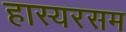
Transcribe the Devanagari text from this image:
हास्यरसम